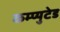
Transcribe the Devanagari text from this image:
कम्प्युटेड